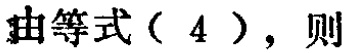
由等式（4），则